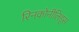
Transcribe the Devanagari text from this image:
रिनकोनीलिड्स